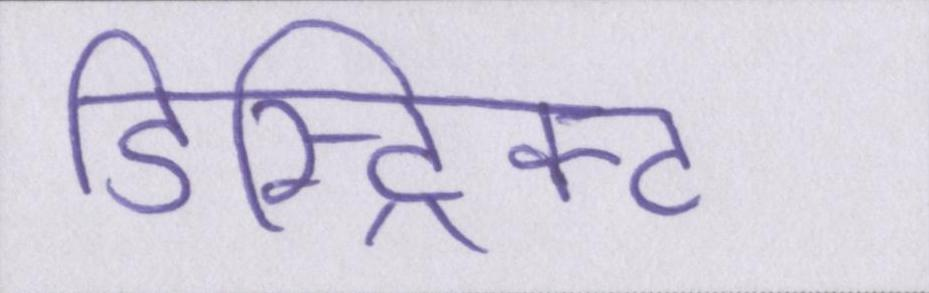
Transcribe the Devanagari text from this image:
डिस्ट्रिक्ट